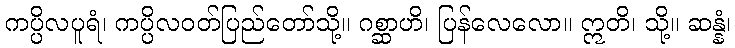
ကပ္ပိလပူရံ၊ ကပ္ပိလဝတ်ပြည်တော်သို့။ ဂစ္ဆာဟိ၊ ပြန်လေလော။ ဣတိ၊ သို့။ ဆန္နံ၊